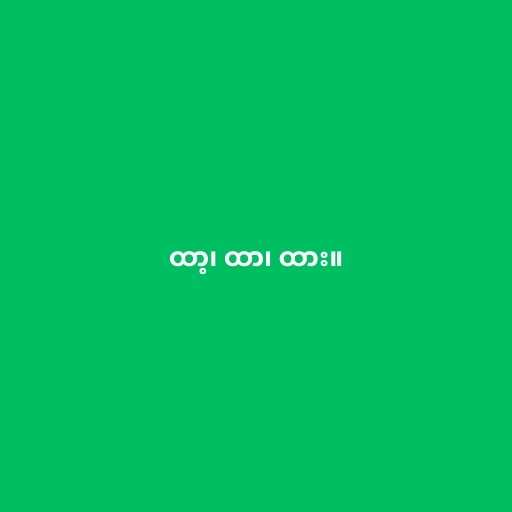
ထာ့၊ ထာ၊ ထား။